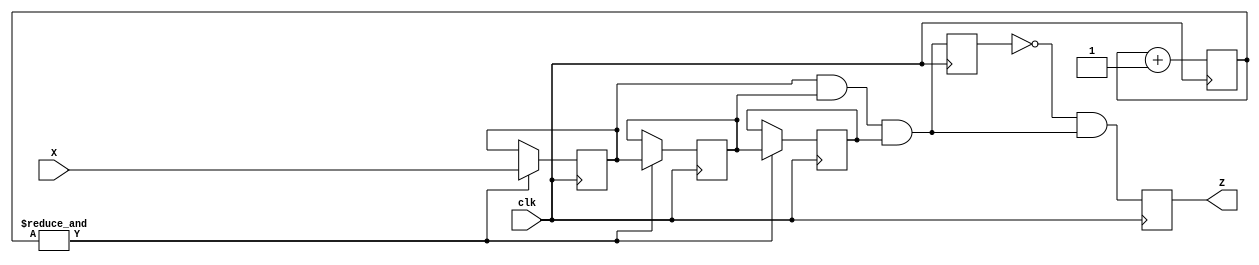
//=================================================================================//
//		File Name: SwDebounce
//		Version	: V0.1
//		Date Create: 7/Dec/2012
//================================================================================//

module SwDebounce(input wire clk,
			input wire X,
		  output reg Z);

//X = Switch input
//Y = Syncrhonised output
   parameter WIDTH = 17;
   
   reg    YY;
   reg 	  U;
   reg 	  V;
   reg 	  W;

   reg [WIDTH-1:0] counter = {WIDTH{1'b0}};

   assign Y = U&V&W;

   always @(posedge clk) 
      counter <= counter + 1;
    
   always @(posedge clk) begin
      if(&counter) begin
	 U <= X;
	 V <= U;
	 W <= V;
      end
      YY <= Y;
      Z <= (~YY)&Y;
   end
endmodule